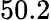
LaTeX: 50.2